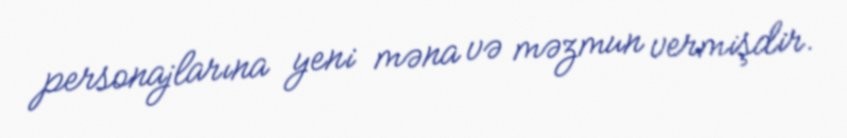
personajlarına yeni məna və məzmun vermişdir.